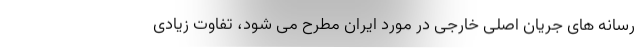
رسانه های جریان اصلی خارجی در مورد ایران مطرح می شود، تفاوت زیادی